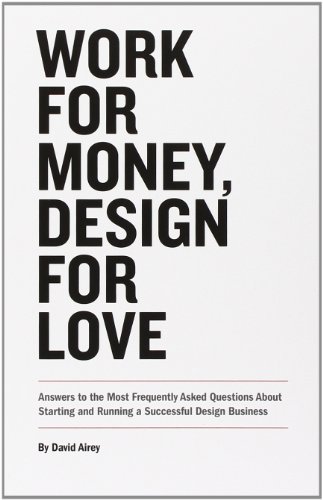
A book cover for Work for Money, Design for Love: Answers to the Most Frequently Asked Questions About Starting and Running a Successful Design Business (Voices That Matter); David Airey; Computers & Technology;